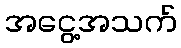
အငွေ့အသက်